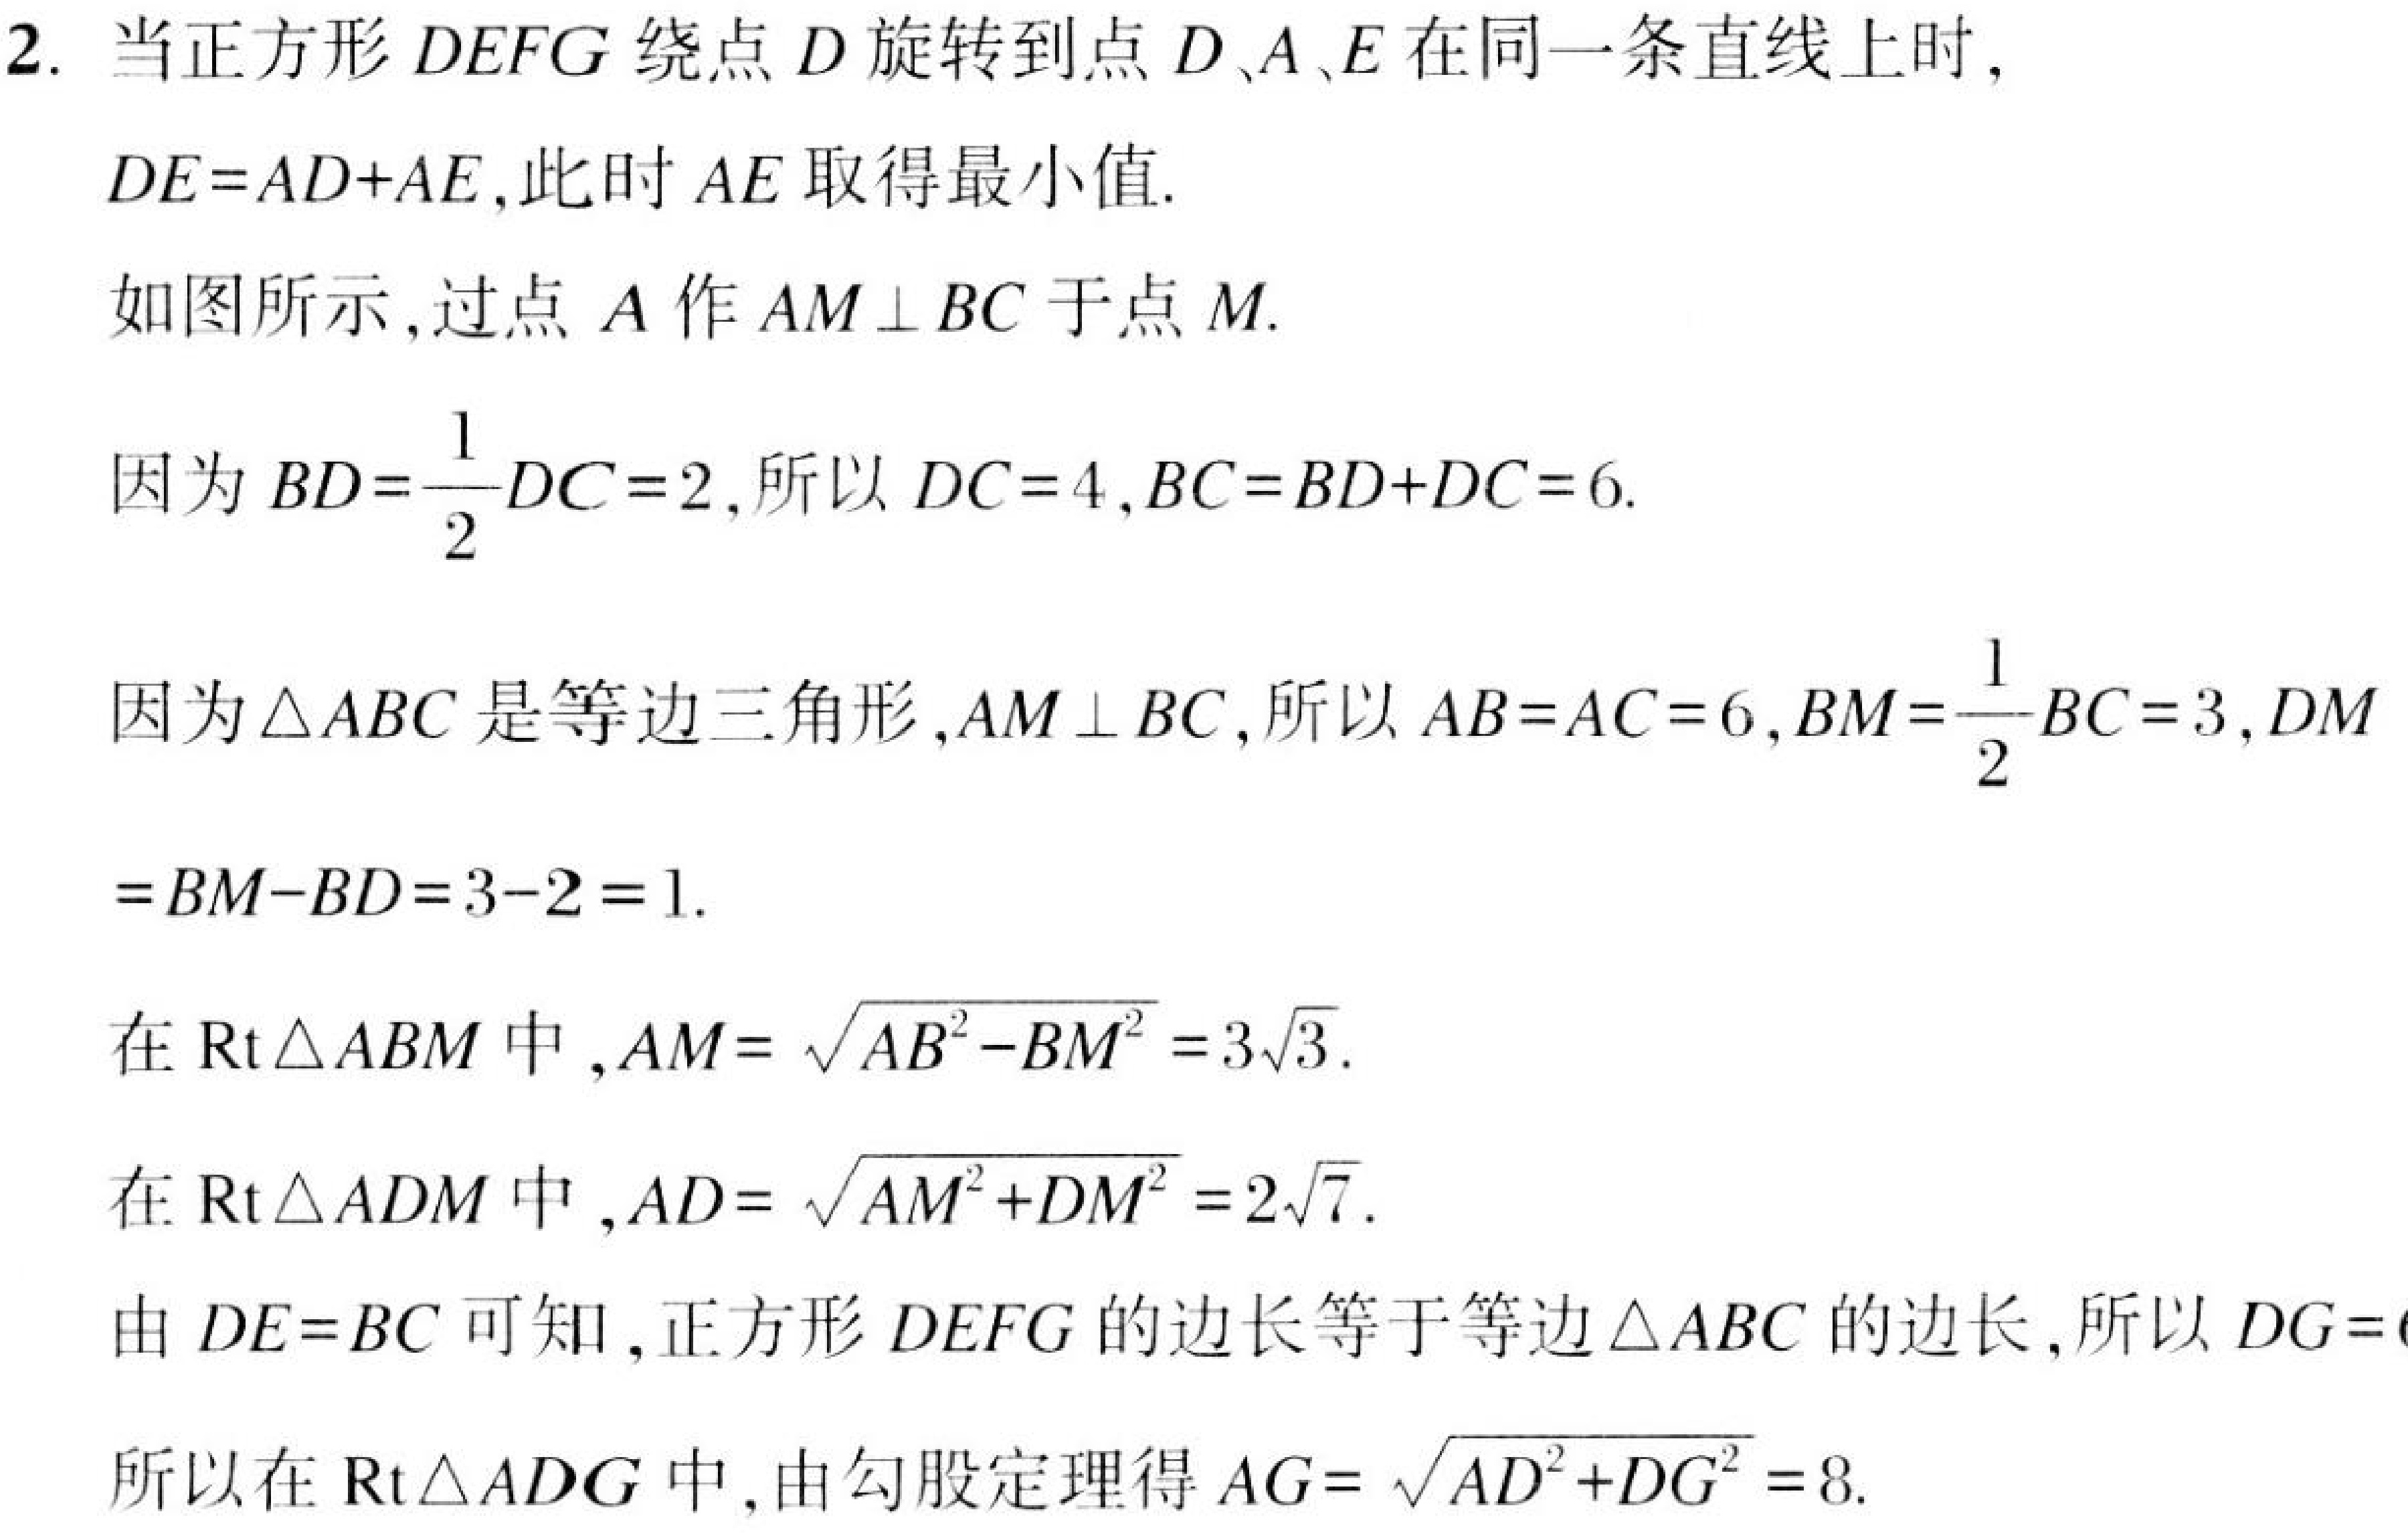
2. 当正方形\(DEFG\)绕点\(D\)旋转到点\(D、A、E\)在同一条直线上时，\(DE = AD + AE\)，此时\(AE\)取得最小值.
如图所示，过点\(A\)作\(AM\perp BC\)于点\(M\).
因为\(BD=\frac{1}{2}DC = 2\)，所以\(DC = 4\)，\(BC=BD + DC = 6\).
因为\(\triangle ABC\)是等边三角形，\(AM\perp BC\)，所以\(AB = AC = 6\)，\(BM=\frac{1}{2}BC = 3\)，\(DM=BM - BD = 3 - 2 = 1\).
在\(\text{Rt}\triangle ABM\)中，\(AM = \sqrt{AB^{2}-BM^{2}} = 3\sqrt{3}\).
在\(\text{Rt}\triangle ADM\)中，\(AD = \sqrt{AM^{2}+DM^{2}} = 2\sqrt{7}\).
由\(DE = BC\)可知，正方形\(DEFG\)的边长等于等边\(\triangle ABC\)的边长，所以\(DG = 6\).
所以在\(\text{Rt}\triangle ADG\)中，由勾股定理得\(AG = \sqrt{AD^{2}+DG^{2}} = 8\).